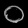
Digit: ၀